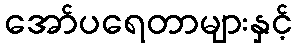
အော်ပရေတာများနှင့်